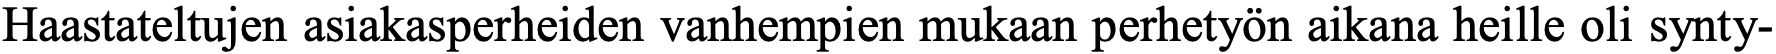
Haastateltujen asiakasperheiden vanhempien mukaan perhetyön aikana heille oli synty-